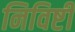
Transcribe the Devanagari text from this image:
निविष्टी